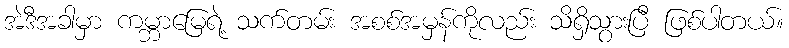
အဲဒီအခါမှာ ကမ္ဘာမြေရဲ့ သက်တမ်း အစစ်အမှန်ကိုလည်း သိရှိသွားပြီ ဖြစ်ပါတယ်။